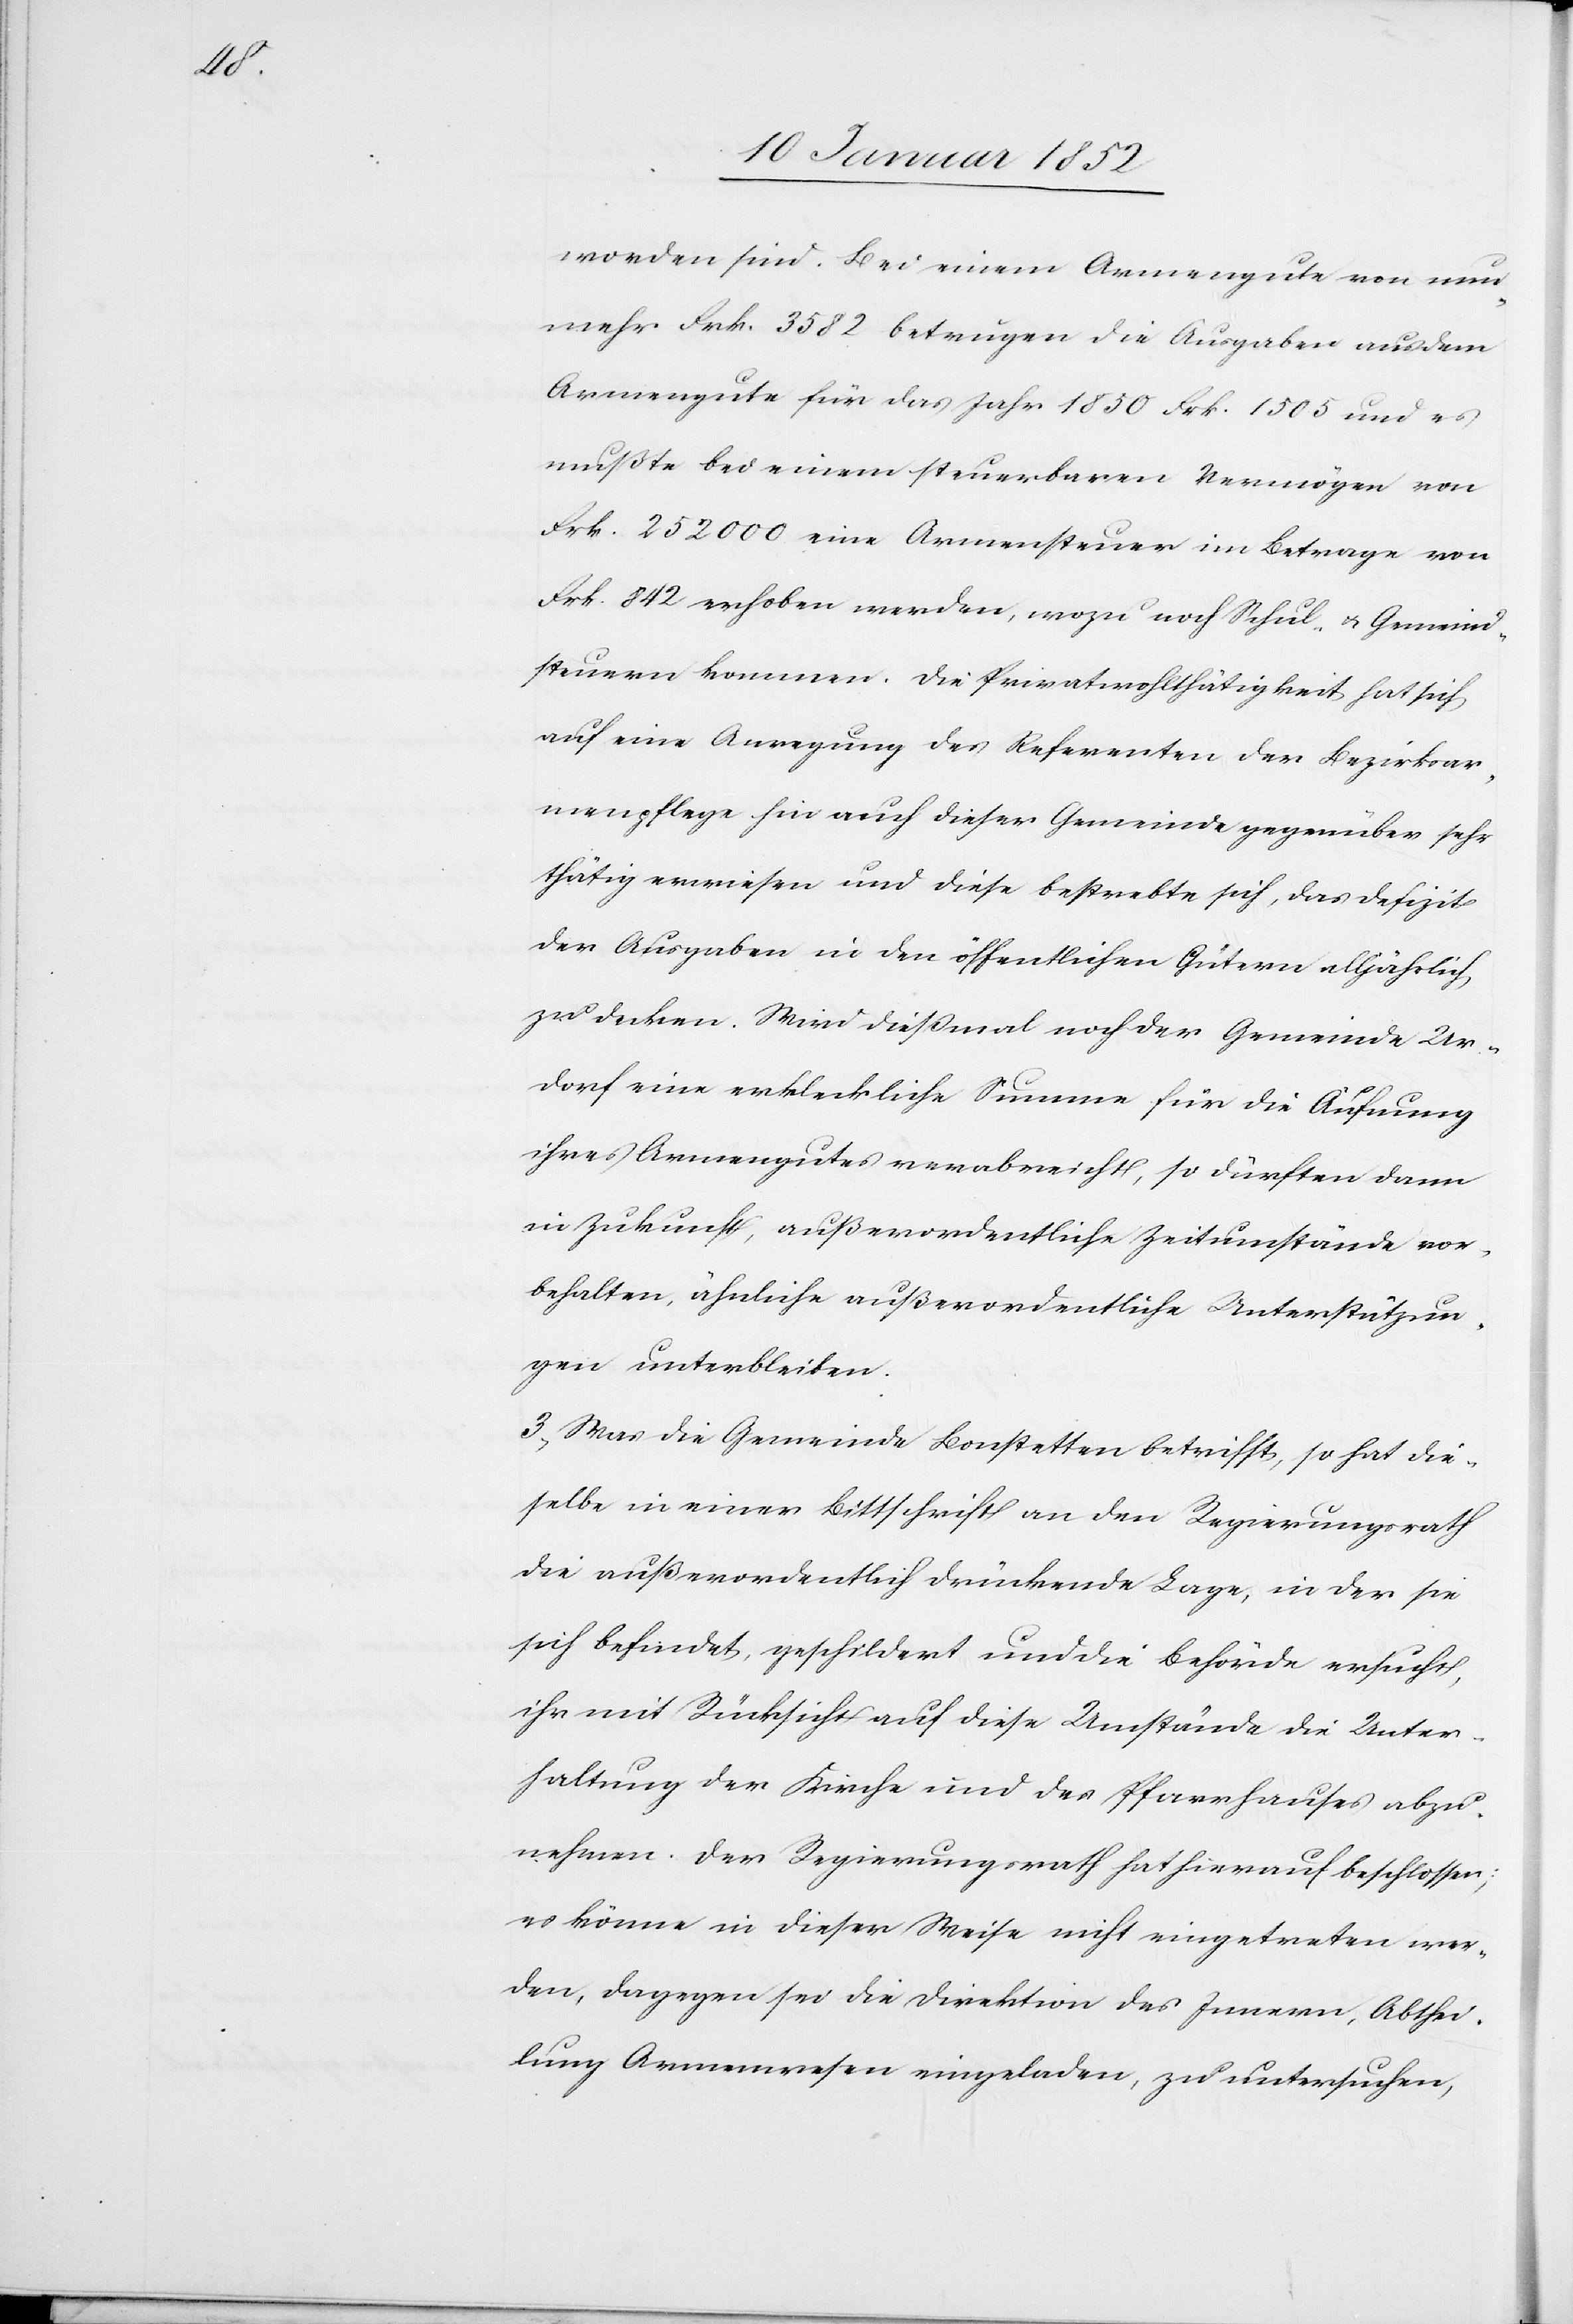
worden sind. Bei einem Armengute von nun¬
mehr Frk. 3582 betrugen die Ausgaben aus dem
Armengute für das Jahr 1850 Frk. 1505 und es
mußte bei einem steuerbaren Vermögen von
Frk. 252 000 eine Armensteuer im Betrage von
Frk. 842 erhoben werden, wozu noch Schul- u. Gemeind¬
steuer kommen. Die Privatwohlthätigkeit hat sich
auf eine Anregung des Referenten der Bezirksar¬
menpflege hin auch dieser Gemeinde gegenüber sehr
thätig erwiesen und diese bestrebte sich, das Defizit
der Ausgaben in den öffentlichen Gütern alljährlich
zu decken. Wird dießmal noch der Gemeinde Ur¬
dorf eine erkleckliche Summe für die Äufnung
ihres Armengutes verabreicht, so dürften dann
in Zukunft, außerordentliche Zeitumstände vor¬
behalten, ähnliche außerordentliche Unterstützun¬
gen unterbleiben.
3.) Was die Gemeinde Bonstetten betrifft, so hat die¬
selbe in einer Bittschrift an den Regierungsrath
die außerordentlich drückende Lage, in der sie
sich befindet, beschildert und die Behörde ersucht,
ihr mit Rücksicht auf diese Umstände die Unter¬
haltung der Kirchen und des Pfarrhauses abzu¬
nehmen. Der Regierungsrath hat hierauf beschlossen:
es könne in dieser Weise nicht eingetreten wer¬
den, dagegen sei die Direktion des Innern, Abthei¬
lung Armenwesen eingeladen, zu untersuchen,